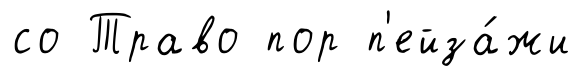
со Траво пор п'ейза́жи